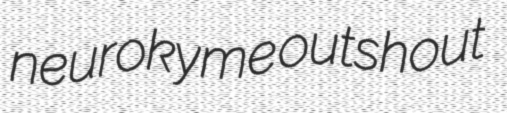
neurokyme outshout